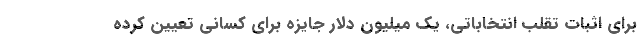
برای اثبات تقلب انتخاباتی، یک میلیون دلار جایزه برای کسانی تعیین کرده